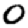
Digit: 0